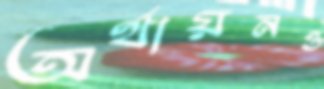
অর্থায়নও